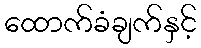
ထောက်ခံချက်နှင့်